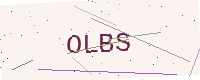
Text: OLBS